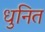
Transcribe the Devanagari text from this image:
धुनित